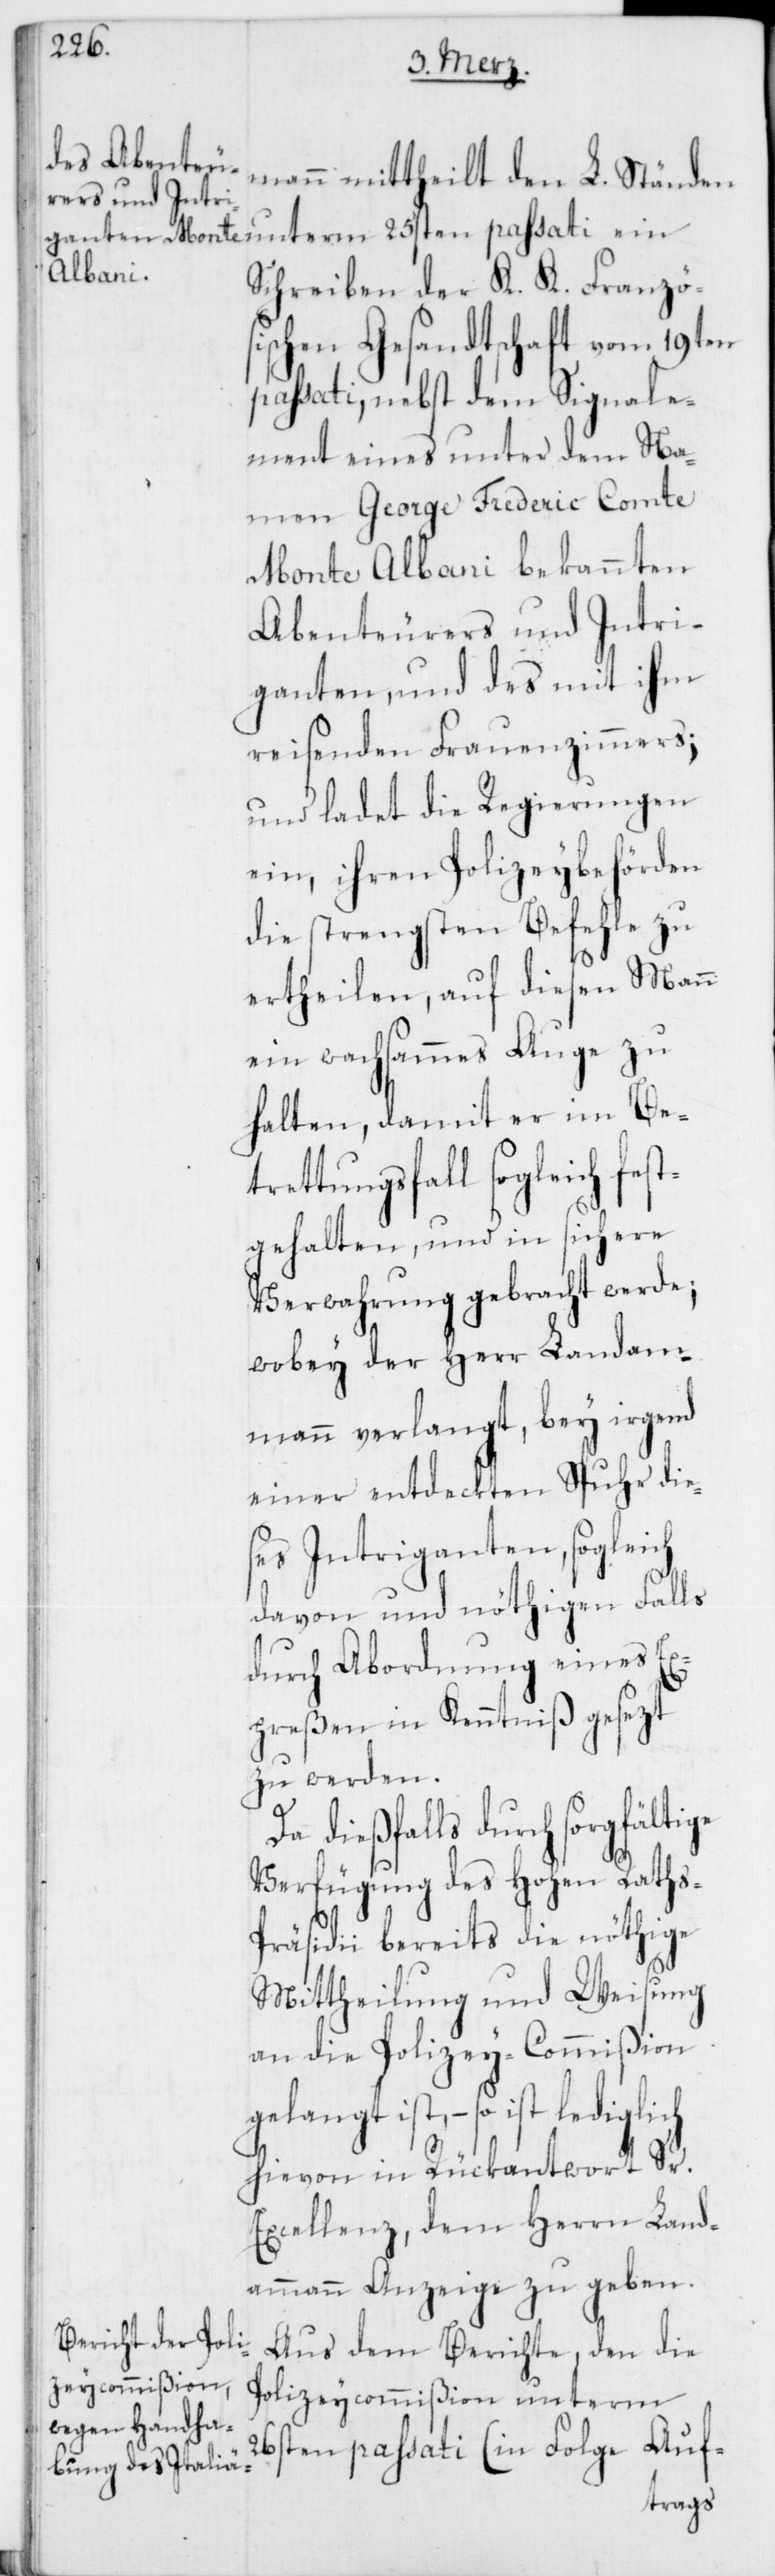
mann mittheilt den L. Ständen
Schreiben der K. K. Französ¬
ischen Gesandtschaft vom 19ten
passati, nebst dem Signale¬
ment eines unter dem Na¬
men George Frederic Comte
Monte Albani bekannten
Abenteurers und Intri¬
ganten, und des mit ihm
reisenden Frauenzimmers;
und ladet die Regierungen
ein, ihren Polizeybehörden
die strengsten Befehle zu
ertheilen, auf diesen Mann
ein wachsammes Auge zu
halten, damit er im Bet¬
rettungsfall sogleich fes¬
tgehalten und in sichere
Verwahrung gebracht werde;
wobey der Herr Landam¬
mann verlangt, bey irgend
einer entdeckten Spuhr die¬
ses Intriganten, sogleich
davon und nöthigen Falls
durch Abordnung eines Ex¬
preßen in Kenntniß gesezt
zu werden.
Da dießfalls durch sorgfältige
Verfügung des Hohen Raths-P¬
räsidii bereits die nöthige
Mittheilung und Weisung
an die Polizey-Commißion
gelangt ist, – so ist
hievon in Rückantwort Sr.
Excellenz, dem Herrn Land¬
ammann Anzeige zu geben.
Aus dem Berichte den die
Polizeycommißion unterm
26sten passati (in Folge Auf-